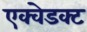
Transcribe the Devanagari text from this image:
एक्वेडक्ट